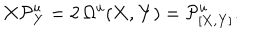
{ \bf X } { \cal P } _ { \bf Y } ^ { u } = 2 \, \Omega ^ { u } ( { \bf X } , { \bf Y } ) = { \cal P } _ { [ { \bf X } , { \bf Y } ] } ^ { u } .